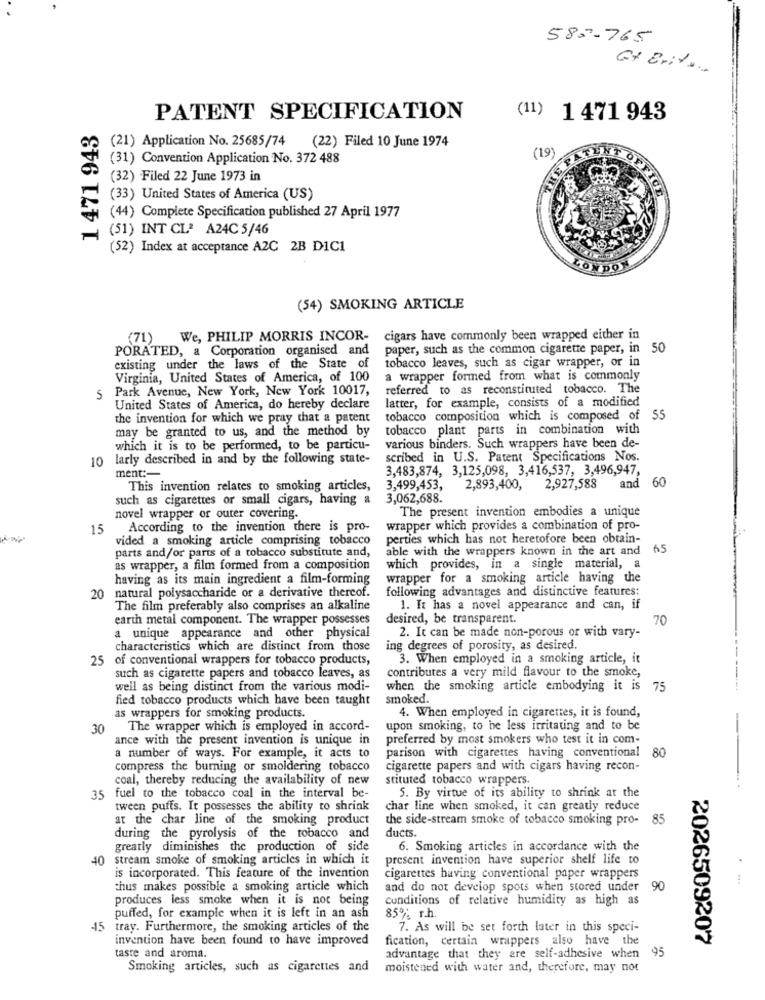
580-765
Gy Erit ..
PATENT SPECIFICATION
(11) 1 471 943
1 471 943
(21) Application No. 25685/74
(22) Filed 10 June 1974
(31) Convention Application No. 372 488
(19)
(32) Filed 22 June 1973 in
(33) United States of America (US)
OFFICE
(44) Complete Specification published 27 April 1977
(51) INT CLª A24C 5/46
(52) Index at acceptance AZC 2B DIC1
(54) SMOKING ARTICLE
(71)
We, PHILIP MORRIS INCOR- cigars have commonly been wrapped either in
PORATED, a Corporation organised and
paper, such as the common cigarette paper, in 50
tobacco leaves, such as cigar wrapper, or in
existing under the laws of the State of
Virginia, United States of America, of 100
a wrapper formed from what is commonly
§ Park Avenue, New York, New York 10017,
referred to as reconstituted tobacco. The
latter, for example, consists of a modified
United States of America, do hereby declare
the invention for which we pray that a patent
tobacco composition which is composed of 55
may be granted to us, and the method by
tobacco plant parts in combination with
which it is to be performed, to be particu-
various binders. Such wrappers have been de-
10 larly described in and by the following state-
scribed in U.S. Patent Specifications Nos.
ment :-
3,483,874, 3,125,098, 3,416,537, 3,496,947,
60
This invention relates to smoking articles,
3,499,453,
2,893,400, 2,927,588
and
such as cigarettes or small cigars, having a
3,062,688.
novel wrapper or outer covering.
The present invention embodies a unique
15
According to the invention there is pro-
wrapper which provides a combination of pro-
vided a smoking article comprising tobacco
perties which has not heretofore been obtain-
parts and/or parts of a tobacco substitute and,
able with the wrappers known in the art and
65
as wrapper, a film formed from a composition
which provides, in a single material, a
having as its main ingredient a film-forming
wrapper for a smoking article having the
20 natural polysaccharide or a derivative thereof.
following advantages and distinctive features:
The film preferably also comprises an alkaline
1. It has a novel appearance and can, if
earth metal component. The wrapper possesses
desired, be transparent.
70
2. It can be made non-porous or with vary-
a unique appearance and other physical
characteristics which are distinct from those
ing degrees of porosity, as desired.
25 of conventional wrappers for tobacco products,
3. When employed in a smoking article, it
contributes a very mild flavour to the smoke,
such as cigarette papers and tobacco leaves, as
well as being distinct from the various modi-
when the smoking article embodying it is 75
fied tobacco products which have been taught
smoked.
4. When employed in cigarettes, it is found,
as wrappers for smoking products.
30
The wrapper which is employed in accord-
upon smoking, to be less irritating and to be
ance with the present invention is unique in
preferred by most smokers who test it in com-
parison with cigarettes having conventional
a number of ways. For example, it acts to
80
compress the burning or smoldering tobacco
cigarette papers and with cigars having recon-
coal, thereby reducing the availability of new
stituted tobacco wrappers.
5. By virtue of its ability to shrink at the
35 fuel to the tobacco coal in the interval be-
tween puffs. It possesses the ability to shrink
char line when smoked, it can greatly reduce
at the char line of the smoking product
the side-stream smoke of tobacco smoking pro- 85
ducts.
during the pyrolysis of the tobacco and
greatly diminishes the production of side
6. Smoking articles in accordance with the
40 stream smoke of smoking articles in which it
present invention have superior shelf life to
is incorporated. This feature of the invention
cigarettes having conventional paper wrappers
thus makes possible a smoking article which
and do not develop spots when stored under 9
produces less smoke when it is not being
conditions of relative humidity as high as
puffed, for example when it is left in an ash
85% r.h.
-45
tray. Furthermore, the smoking articles of the
7. As will be set forth later in this speci-
invention have been found to have improved
fication, certain wrappers also have the
2026509207
taste and aroma.
advantage that they are self-adhesive when
95
Smoking articles, such as cigarettes and
moistened with water and, therefore, may not